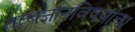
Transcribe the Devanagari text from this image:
तत्वज्ञानविषयांचा